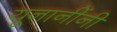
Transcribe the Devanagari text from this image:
यूनानींनी